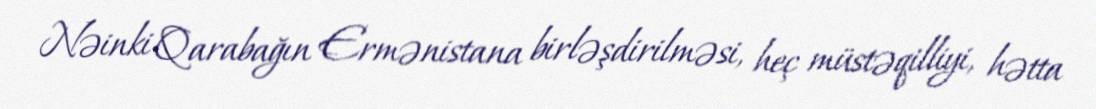
Nəinki Qarabağın Ermənistana birləşdirilməsi, heç müstəqilliyi, hətta